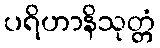
ပရိဟာနိသုတ္တံ